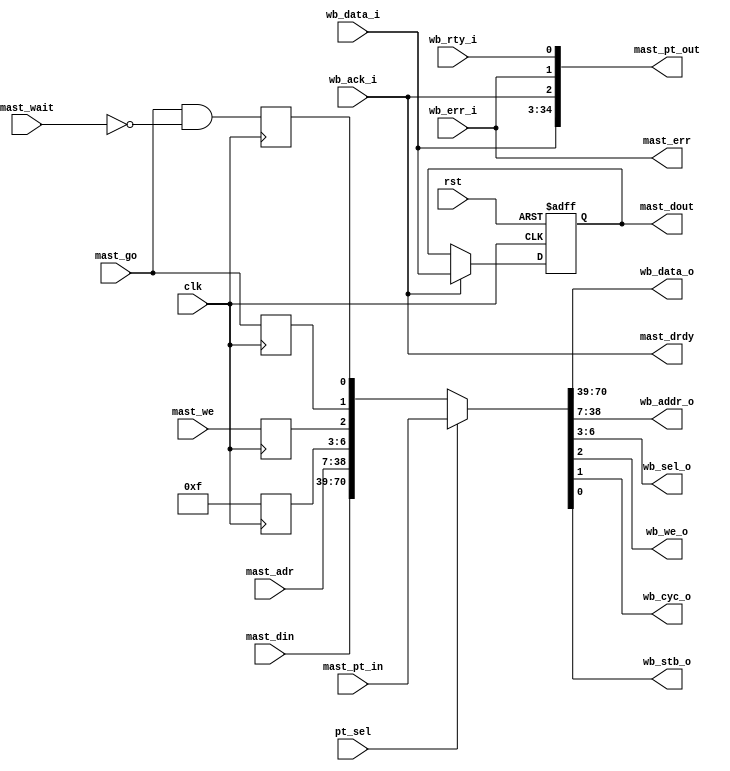
module wb_dma_wb_mast(clk, rst,
	wb_data_i, wb_data_o, wb_addr_o, wb_sel_o, wb_we_o, wb_cyc_o,
	wb_stb_o, wb_ack_i, wb_err_i, wb_rty_i,
	mast_go, mast_we, mast_adr, mast_din, mast_dout, mast_err,
	mast_drdy, mast_wait,
	pt_sel, mast_pt_in, mast_pt_out
	);
input		clk, rst;
input	[31:0]	wb_data_i;
output	[31:0]	wb_data_o;
output	[31:0]	wb_addr_o;
output	[3:0]	wb_sel_o;
output		wb_we_o;
output		wb_cyc_o;
output		wb_stb_o;
input		wb_ack_i;
input		wb_err_i;
input		wb_rty_i;
input		mast_go;	
input		mast_we;	
input	[31:0]	mast_adr;	
input	[31:0]	mast_din;	
output	[31:0]	mast_dout;	
output		mast_err;	
output		mast_drdy;	
input		mast_wait;	
input		pt_sel;		
input	[70:0]	mast_pt_in;	
output	[34:0]	mast_pt_out;	
reg		mast_cyc, mast_stb;
reg		mast_we_r;
reg	[3:0]	mast_be;
reg	[31:0]	mast_dout;
assign {wb_data_o, wb_addr_o, wb_sel_o, wb_we_o, wb_cyc_o, wb_stb_o} =
	pt_sel ? mast_pt_in :
	{mast_din, mast_adr, mast_be, mast_we_r, mast_cyc, mast_stb};
assign mast_pt_out = {wb_data_i, wb_ack_i, wb_err_i, wb_rty_i};
always @(posedge clk or negedge rst)
if (!rst) mast_dout <= 32'h00000000;
else if(wb_ack_i) mast_dout <= #1 wb_data_i; 
always @(posedge clk)
	mast_be <= #1 4'hf;
always @(posedge clk)
	mast_we_r <= #1 mast_we;
always @(posedge clk)
	mast_cyc <= #1 mast_go;
always @(posedge clk)
	mast_stb <= #1 mast_go & !mast_wait; 
assign mast_drdy = wb_ack_i;
assign mast_err  = wb_err_i;
endmodule